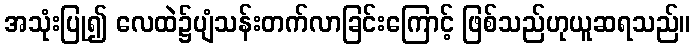
အသုံးပြု၍ လေထဲ၌ပျံသန်းတက်လာခြင်းကြောင့် ဖြစ်သည်ဟုယူဆရသည်။